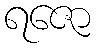
ရဇော